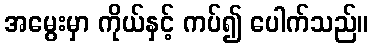
အမွေးမှာ ကိုယ်နှင့် ကပ်၍ ပေါက်သည်။